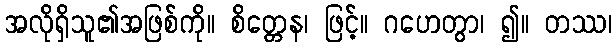
အလိုရှိသူ၏အဖြစ်ကို။ စိတ္တေန၊ ဖြင့်။ ဂဟေတွာ၊ ၍။ တဿ၊